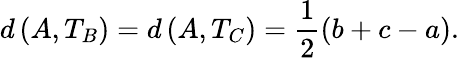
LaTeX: d\left(A,T_{B}\right)=d\left(A,T_{C}\right)={\frac{1}{2}}(b+c-a).